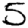
Digit: 5